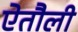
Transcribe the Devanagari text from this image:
ऐतौली